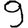
Digit: 9